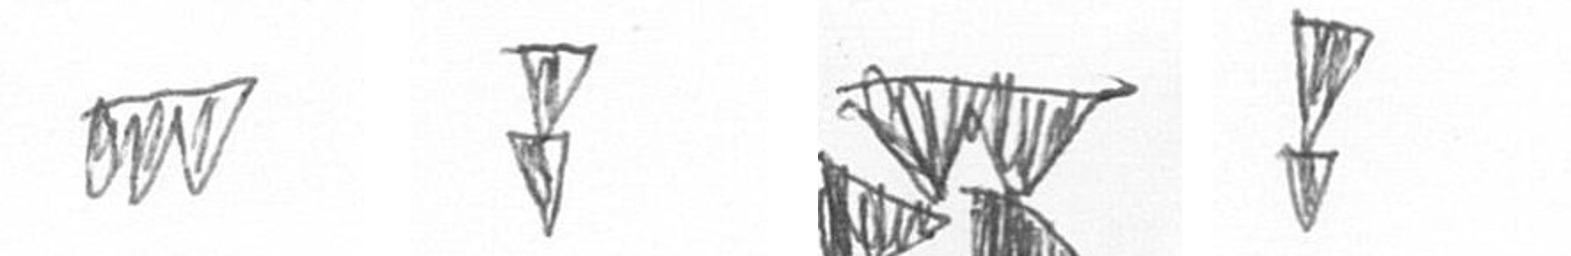
L Z B Z